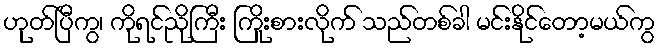
ဟုတ်ပြီကွ၊ ကိုရင်ညိုကြီး ကြိုးစားလိုက် သည်တစ်ခါ မင်းနိုင်တော့မယ်ကွ